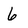
Character: 6